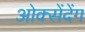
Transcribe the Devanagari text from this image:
ओक्सेंदेंग